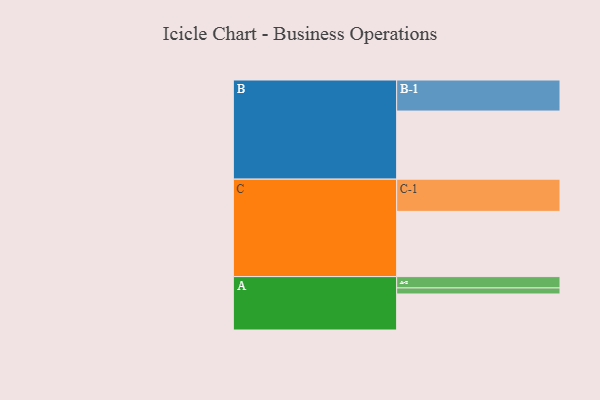
{"axis": {"x": "Segment", "y": "Value"}, "legend": ["", "A", "B", "C"], "data": [{"x": "A", "y": 311, "type": ""}, {"x": "B", "y": 588, "type": ""}, {"x": "C", "y": 563, "type": ""}, {"x": "A-1", "y": 52, "type": "A"}, {"x": "A-2", "y": 98, "type": "A"}, {"x": "B-1", "y": 268, "type": "B"}, {"x": "C-1", "y": 278, "type": "C"}]}